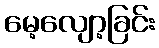
မေ့လျော့ခြင်း